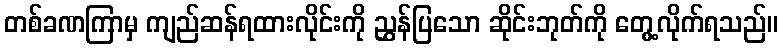
တစ်ခဏကြာမှ ကျည်ဆန်ရထားလိုင်းကို ညွှန်ပြသော ဆိုင်းဘုတ်ကို တွေ့လိုက်ရသည်။